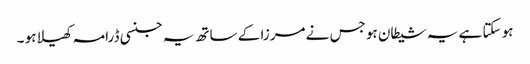
ہو سکتا ہے یہ شیطان ہو جس نے مرزا کے ساتھ یہ جنسی ڈرامہ کھیلا ہو ۔